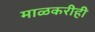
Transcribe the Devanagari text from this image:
माळकरीही